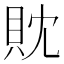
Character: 𧴸